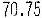
70.75